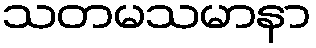
သတမသမာနာ